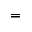
=